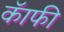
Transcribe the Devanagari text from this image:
कॅाफी